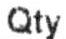
QTY